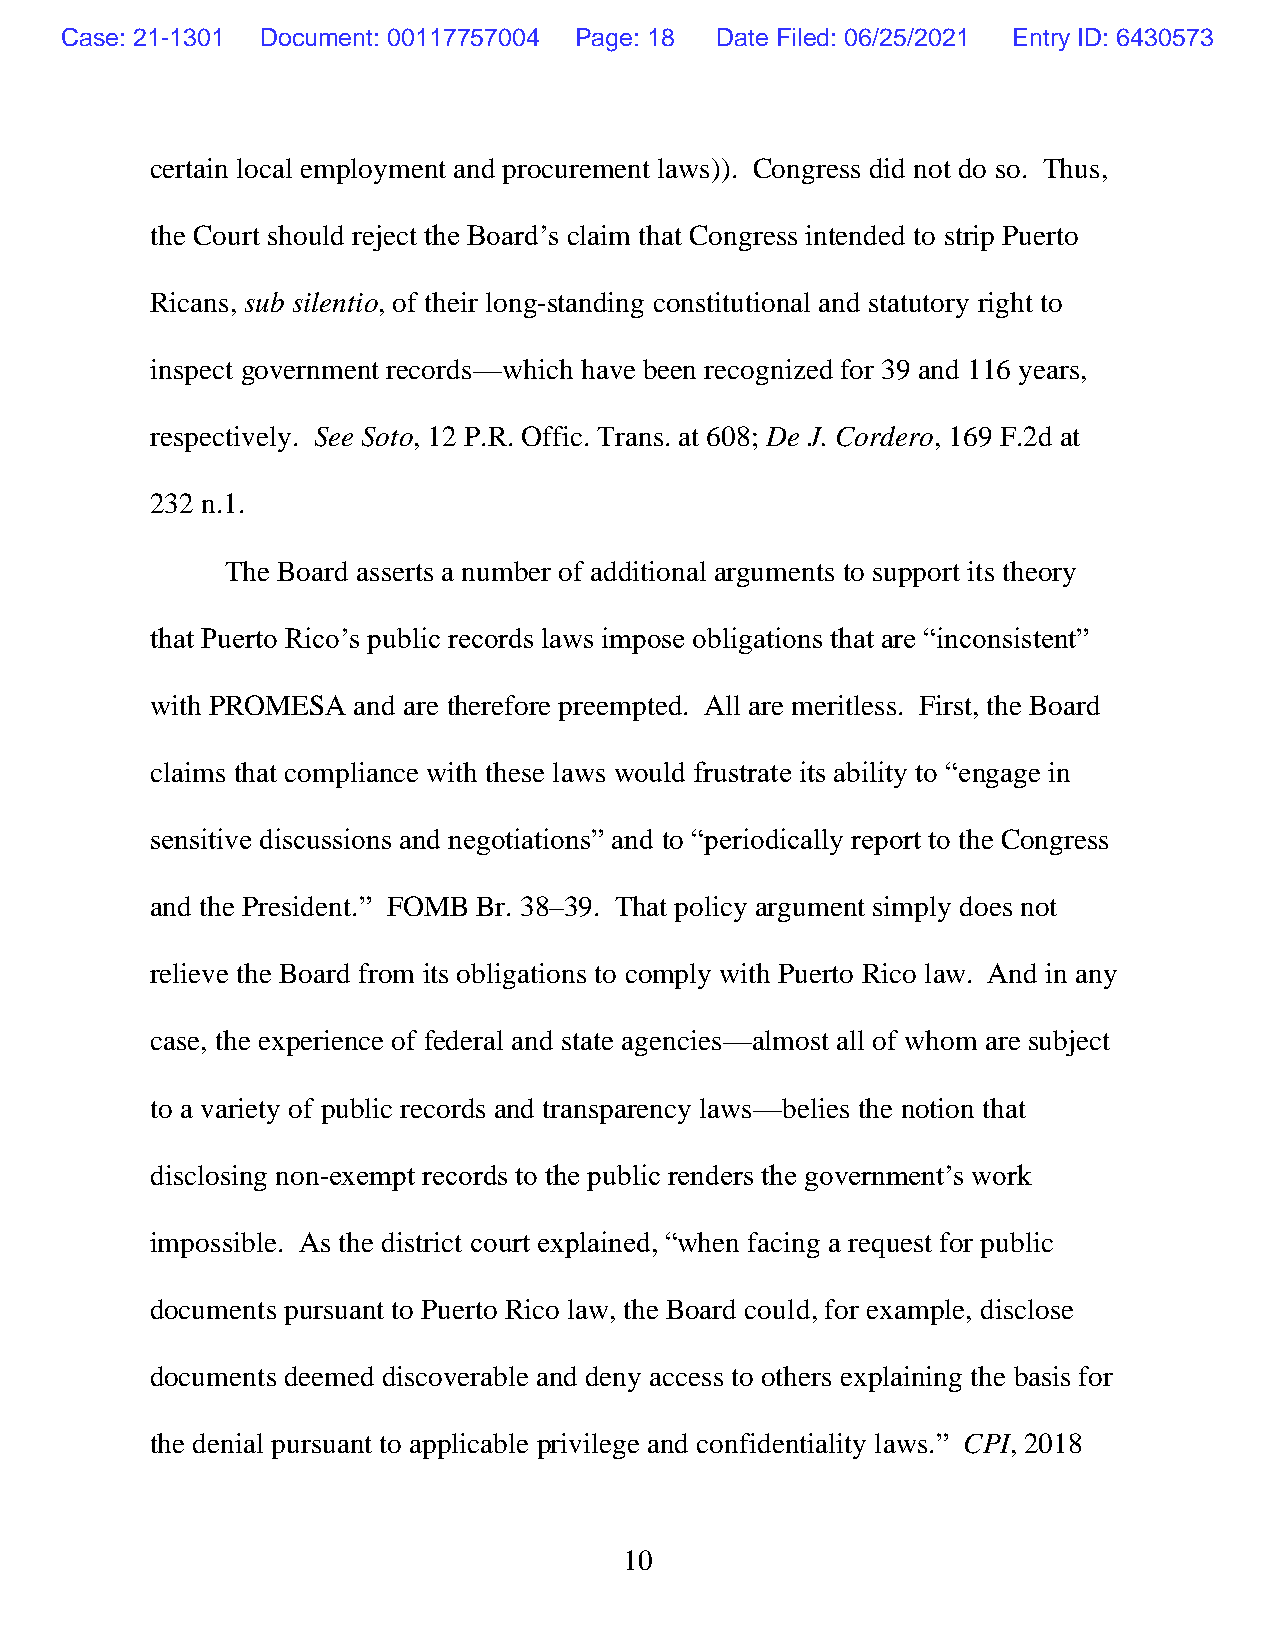
Case: 21-1301 Document: 00117757004 Page: 18 Date Filed: 06/25/2021 Entry ID: 6430573
 certain local employment and procurement laws)). Congress did not do so. Thus,
 the Court should reject the Board’s claim that Congress intended to strip Puerto
 Ricans, sub silentio, of their long-standing constitutional and statutory right to
 inspect government records—which have been recognized for 39 and 116 years,
 respectively. See Soto, 12 P.R. Offic. Trans. at 608; De J. Cordero, 169 F.2d at
 232 n.1.
 The Board asserts a number of additional arguments to support its theory
 that Puerto Rico’s public records laws impose obligations that are “inconsistent”
 with PROMESA and are therefore preempted. All are meritless. First, the Board
 claims that compliance with these laws would frustrate its ability to “engage in
 sensitive discussions and negotiations” and to “periodically report to the Congress
 and the President.” FOMB Br. 38–39. That policy argument simply does not
 relieve the Board from its obligations to comply with Puerto Rico law. And in any
 case, the experience of federal and state agencies—almost all of whom are subject
 to a variety of public records and transparency laws—belies the notion that
 disclosing non-exempt records to the public renders the government’s work
 impossible. As the district court explained, “when facing a request for public
 documents pursuant to Puerto Rico law, the Board could, for example, disclose
 documents deemed discoverable and deny access to others explaining the basis for
 the denial pursuant to applicable privilege and confidentiality laws.” CPI, 2018
 10